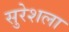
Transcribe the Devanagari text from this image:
सुरेशला